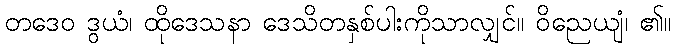
တဒေဝ ဒွယံ၊ ထိုဒေသနာ ဒေသိတနှစ်ပါးကိုသာလျှင်။ ဝိညေယျံ၊ ၏။